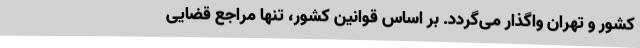
کشور و تهران واگذار می‌گردد. بر اساس قوانین کشور، تنها مراجع قضایی